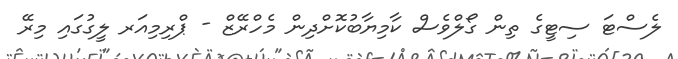
ލެސްޓަ ސިޓީގެ ތިން ގޯލްވެސް ކާމިޔާބުކޮށްދިން މެހްރޭޒް - ޕްރިމިއަރ ލީގުގައި މިރޭ